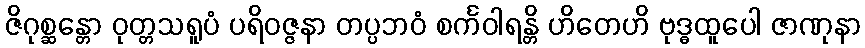
ဇိဂုစ္ဆန္တော ဝုတ္တသရူပံ ပရိဝဇ္ဇနာ တပ္ပဘဝံ စင်္ကဝါရန္တိ ဟိတေဟိ ဗုဒ္ဓထူပေါ ဇာဏုနာ